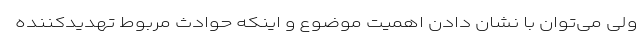
ولی می‌توان با نشان دادن اهمیت موضوع و اینکه حوادث مربوط تهدیدکننده